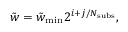
\tilde { w } = \tilde { w } _ { \mathrm { m i n } } 2 ^ { i + j / N _ { \mathrm { s u b s } } } ,